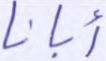
أبانا